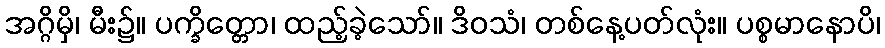
အဂ္ဂိမှိ၊ မီး၌။ ပက္ခိတ္တော၊ ထည့်ခဲ့သော်။ ဒိဝသံ၊ တစ်နေ့ပတ်လုံး။ ပစ္စမာနောပိ၊